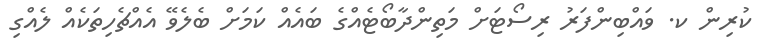
ކުރިން ކ. ވައްބިންފަރު ރިސޯޓަށް މަތިންދާބޯޓެއްގެ ބައެއް ކަމަށް ބެލެވޭ އެއްޗެހިތަކެއް ލެއްގި